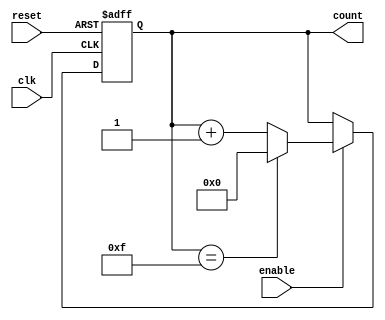
module parameterized_counter #(
    parameter WIDTH = 4,             // Bit-width of the counter
    parameter MAX_VALUE = 15          // Maximum count limit (less than or equal to 2^WIDTH - 1)
) (
    input wire clk,                  // Clock signal
    input wire enable,               // Enable signal
    input wire reset,                // Asynchronous reset signal
    output reg [WIDTH-1:0] count     // Current count output
);

    // Asynchronous reset and counter update logic
    always @(posedge clk or posedge reset) begin
        if (reset) begin
            count <= 0;               // Reset counter to 0
        end else if (enable) begin
            if (count == MAX_VALUE) begin
                count <= 0;           // Roll over to 0 if MAX_VALUE reached
            end else begin
                count <= count + 1;   // Increment counter
            end
        end
    end

endmodule